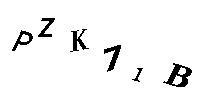
PZK71B